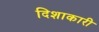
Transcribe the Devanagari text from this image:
दिशाकारी